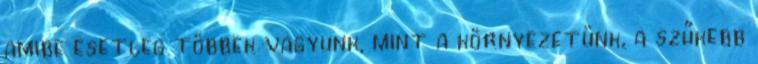
amibe esetleg többek vagyunk, mint a környezetünk, a szűkebb